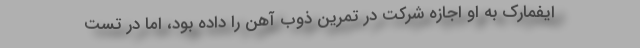
ایفمارک به او اجازه شرکت در تمرین ذوب آهن را داده بود، اما در تست